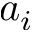
a _ { i }